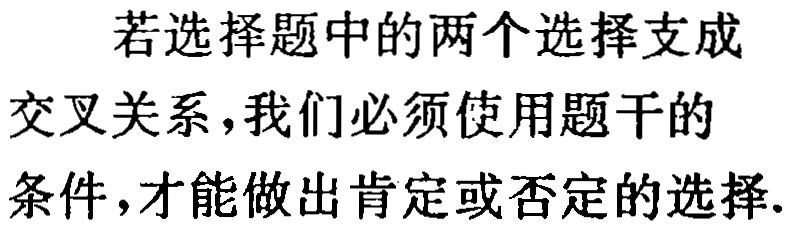
若选择题中的两个选择支成
交叉关系,我们必须使用题干的
条件,才能做出肯定或否定的选择.